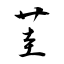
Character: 茥